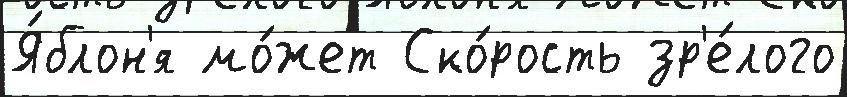
Я́блон'я мо́жет Ско́рость зр'е́лого